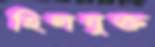
হিলযুক্ত